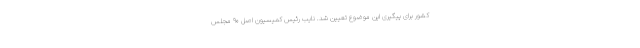
کشور برای پیگیری این موضوع تعیین شد. نایب رئیس کمیسیون اصل ۹۰ مجلس